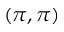
( \pi , \pi )